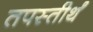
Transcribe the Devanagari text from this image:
तपस्तीर्थं